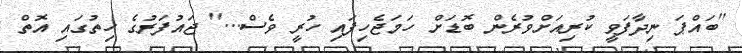
''ބައްޕަ ނިދާފަވީ ކުރިއަށްވުރެން ބޮޑަށް ހަމަޖެހިފައި ހުރީ ވެސް...'' ޖައުފަރުގެ ހިތުގައި އޮތް